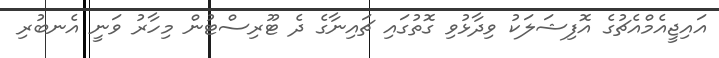
އައިޖީއެމްއެޗުގެ އޮފިޝަލަކު ވިދާޅުވި ގޮތުގައި ޗައިނާގެ ދެ ޓޫރިސްޓުން މިހާރު ވަނީ އެނބުރި